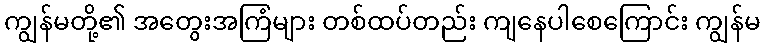
ကျွန်မတို့၏ အတွေးအကြံများ တစ်ထပ်တည်း ကျနေပါစေကြောင်း ကျွန်မ